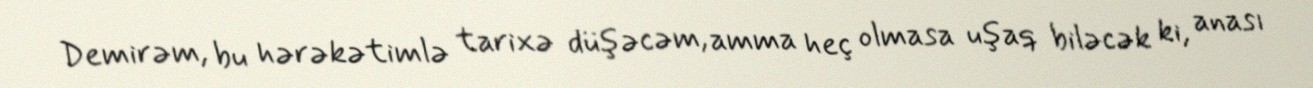
Demirəm, bu hərəkətimlə tarixə düşəcəm, amma heç olmasa uşaq biləcək ki, anası